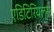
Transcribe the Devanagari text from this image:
एडिटिरियल्स